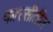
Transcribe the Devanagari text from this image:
फारसीतील